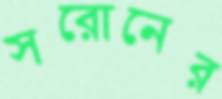
সরোনের